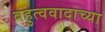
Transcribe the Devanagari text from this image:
बहुत्ववादाच्या